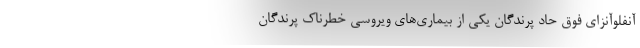
آنفلوآنزای فوق حاد پرندگان یکی از بیماری‌های ویروسی خطرناک پرندگان